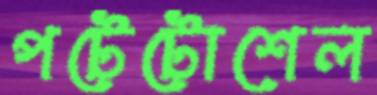
পটেটোশেল